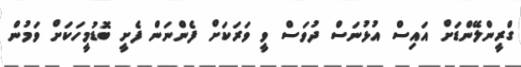
ގްރީންލޭންޑަށް އައިސް އުޅުނަސް ދުވަސް ވީ ވަރަކަށް ފެންނަން ފެށީ ބޮޑުމީހަކަށް ވަމުން